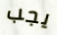
يجب